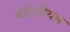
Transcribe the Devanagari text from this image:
मॅग्नेशीयम